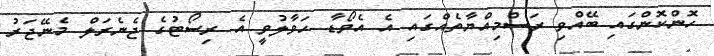
ހޮންކޮންގައި ބޭއްވި ރަސްމިއްޔާތެއްގައި އެ އެވޯޑާ ހަވާލުވީ އެ ރިސޯޓުގެ ޖެނެރަލް މެނޭޖަރު